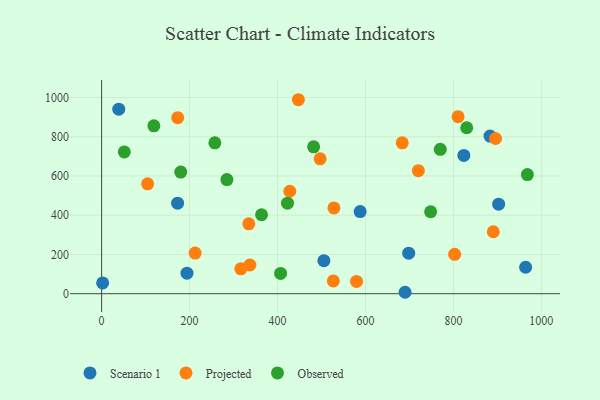
{"axis": {"x": "Study Hours", "y": "Salary"}, "legend": ["Observed", "Projected", "Scenario 1"], "data": [{"x": "172.8", "y": 461.1, "type": "Scenario 1"}, {"x": "505.5", "y": 168.4, "type": "Scenario 1"}, {"x": "587.9", "y": 418.4, "type": "Scenario 1"}, {"x": "194.1", "y": 104.4, "type": "Scenario 1"}, {"x": "39.0", "y": 940.5, "type": "Scenario 1"}, {"x": "690.1", "y": 7.3, "type": "Scenario 1"}, {"x": "2.3", "y": 54.8, "type": "Scenario 1"}, {"x": "964.2", "y": 134.8, "type": "Scenario 1"}, {"x": "883.2", "y": 803.1, "type": "Scenario 1"}, {"x": "698.3", "y": 206.3, "type": "Scenario 1"}, {"x": "823.7", "y": 704.8, "type": "Scenario 1"}, {"x": "902.8", "y": 456.3, "type": "Scenario 1"}, {"x": "720.3", "y": 626.8, "type": "Projected"}, {"x": "683.6", "y": 769.1, "type": "Projected"}, {"x": "526.9", "y": 65.1, "type": "Projected"}, {"x": "212.7", "y": 207.0, "type": "Projected"}, {"x": "895.8", "y": 790.9, "type": "Projected"}, {"x": "334.7", "y": 356.0, "type": "Projected"}, {"x": "802.8", "y": 200.6, "type": "Projected"}, {"x": "104.6", "y": 560.0, "type": "Projected"}, {"x": "447.4", "y": 988.5, "type": "Projected"}, {"x": "496.9", "y": 687.5, "type": "Projected"}, {"x": "427.9", "y": 522.1, "type": "Projected"}, {"x": "579.7", "y": 62.6, "type": "Projected"}, {"x": "337.2", "y": 146.4, "type": "Projected"}, {"x": "890.7", "y": 315.7, "type": "Projected"}, {"x": "316.6", "y": 126.6, "type": "Projected"}, {"x": "173.0", "y": 897.1, "type": "Projected"}, {"x": "810.6", "y": 901.9, "type": "Projected"}, {"x": "528.3", "y": 437.1, "type": "Projected"}, {"x": "118.8", "y": 855.4, "type": "Observed"}, {"x": "407.0", "y": 103.2, "type": "Observed"}, {"x": "770.1", "y": 735.8, "type": "Observed"}, {"x": "422.7", "y": 461.3, "type": "Observed"}, {"x": "748.2", "y": 417.6, "type": "Observed"}, {"x": "180.0", "y": 619.9, "type": "Observed"}, {"x": "257.5", "y": 768.8, "type": "Observed"}, {"x": "363.7", "y": 402.4, "type": "Observed"}, {"x": "284.9", "y": 581.8, "type": "Observed"}, {"x": "830.3", "y": 845.6, "type": "Observed"}, {"x": "482.1", "y": 748.7, "type": "Observed"}, {"x": "968.2", "y": 606.9, "type": "Observed"}, {"x": "51.6", "y": 722.7, "type": "Observed"}]}